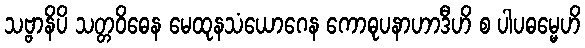
သဗ္ဗာနိပိ သတ္တဝိဓေန မေထုနသံယောဂေန ကောဓုပနာဟာဒီဟိ စ ပါပဓမ္မေဟိ